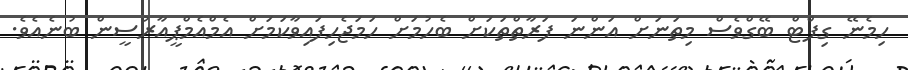
ހިމެނޭ ގިފްޓް ބޭގްވެސް މިތަނަށް އަންނަ ފަރާތްތަކަށް ބެހުމަށް ހަމަޖެހިފައިވާކަމަށް އެމްއެމްޕީއާރުސީން ބުނެއެވެ.